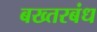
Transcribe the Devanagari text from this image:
बख्तरबंध